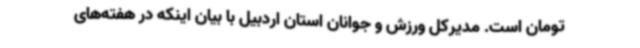
تومان است. مدیرکل ورزش و جوانان استان اردبیل با بیان اینکه در هفته‌های